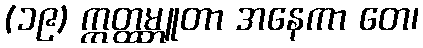
(၁၉) ဣတ္ထမ္ဘူတာ အနေကာ တေ၊